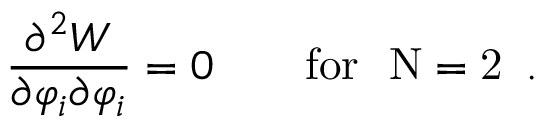
\frac { \partial ^ { 2 } { W } } { \partial \varphi _ { i } \partial \varphi _ { i } } = 0 \qquad \mathrm { f o r ~ { \cal ~ N } = 2 ~ } \, .